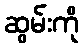
ဆွမ်းကို